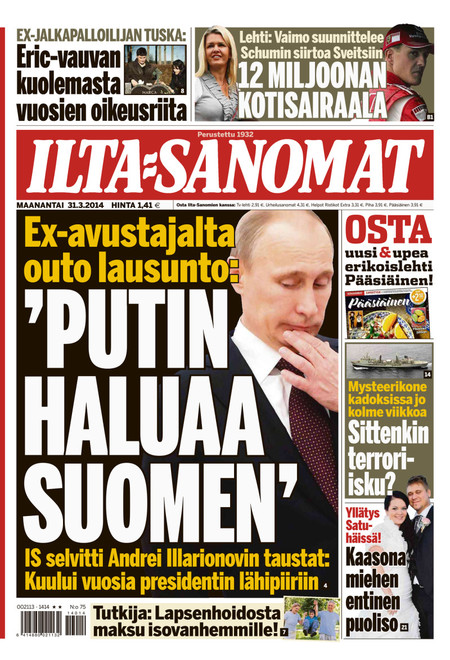
Language: fn